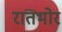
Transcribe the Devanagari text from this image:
रातभोर